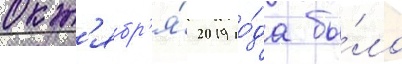
окт'ябр'я́ 2019 го́да бы́ло